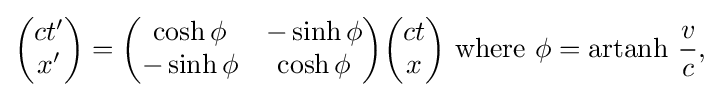
{\begin{pmatrix}ct'\\x'\end{pmatrix}}={\begin{pmatrix}\cosh \phi &-\sinh \phi \\-\sinh \phi &\cosh \phi \end{pmatrix}}{\begin{pmatrix}ct\\x\end{pmatrix}}{\text{ where }}\phi =\operatorname {artanh} \,{\frac {v}{c}}{\text{,}}